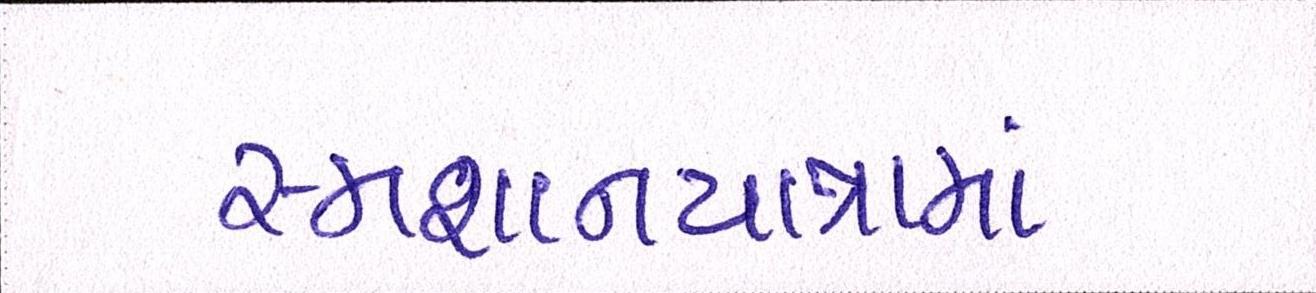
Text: સ્મશાનયાત્રામાં